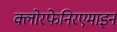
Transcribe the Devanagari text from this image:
क्लोरफेनिरएमाइन